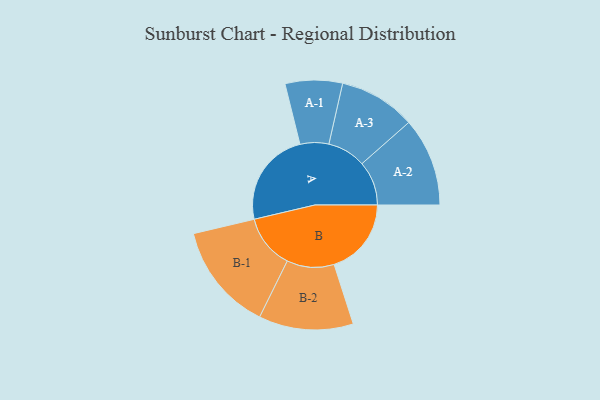
{"axis": {"x": "Segment", "y": "Value"}, "legend": ["", "A", "B"], "data": [{"x": "A", "y": 354, "type": ""}, {"x": "B", "y": 286, "type": ""}, {"x": "A-1", "y": 106, "type": "A"}, {"x": "A-2", "y": 164, "type": "A"}, {"x": "A-3", "y": 142, "type": "A"}, {"x": "B-1", "y": 200, "type": "B"}, {"x": "B-2", "y": 175, "type": "B"}]}